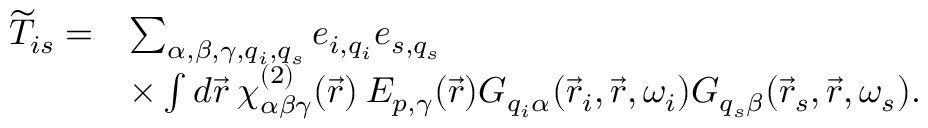
\begin{array} { r l } { \widetilde { T } _ { i s } = } & { \sum _ { \alpha , \beta , \gamma , q _ { i } , q _ { s } } e _ { i , q _ { i } } e _ { s , q _ { s } } } \\ & { \times \int d \vec { r } \: \chi _ { \alpha \beta \gamma } ^ { ( 2 ) } ( \vec { r } ) \: E _ { p , \gamma } ( \vec { r } ) G _ { q _ { i } \alpha } ( \vec { r } _ { i } , \vec { r } , \omega _ { i } ) G _ { q _ { s } \beta } ( \vec { r } _ { s } , \vec { r } , \omega _ { s } ) . } \end{array}